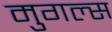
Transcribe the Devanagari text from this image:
मुगल्स